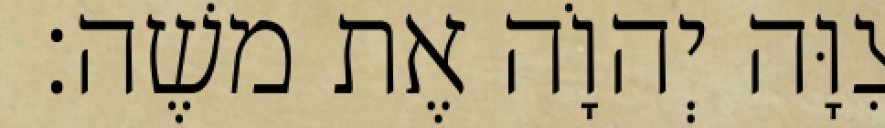
צִוָּה יְהוָֹה אֶת משֶׁה׃